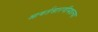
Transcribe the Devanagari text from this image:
आवर्तसारणीमधल्या